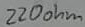
Text: 220ohm